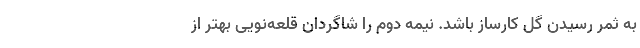
به ثمر رسیدن گل کارساز باشد. نیمه دوم را شاگردان قلعه‌نویی بهتر از